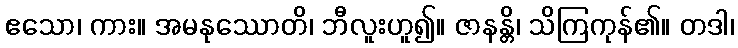
ဧသော၊ ကား။ အမနုဿောတိ၊ ဘီလူးဟူ၍။ ဇာနန္တိ၊ သိကြကုန်၏။ တဒါ၊